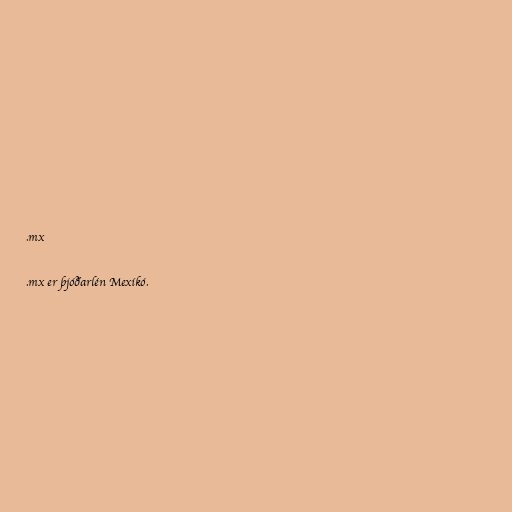
.mx

.mx er þjóðarlén Mexíkó.